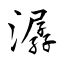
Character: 潺